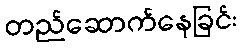
တည်ဆောက်နေခြင်း